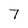
Character: 7